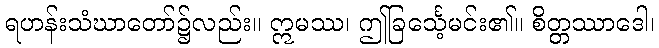
ရဟန်းသံဃာတော်၌လည်း။ ဣမဿ၊ ဤခြင်္သေ့မင်း၏။ စိတ္တဿာဒေါ၊